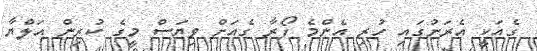
ގެއަކީ އެރަށުގައި ހުރި އެންމެ ފޯރާ ގެއަށް ވިޔަސް މީގެ ކުރިން އަލްޔާ